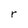
Character: r